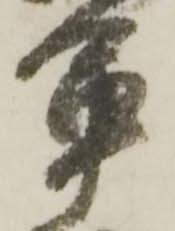
軍